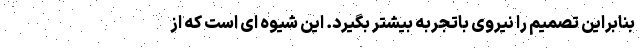
بنابراین تصمیم را نیروی باتجربه بیشتر بگیرد. این شیوه ای است که از